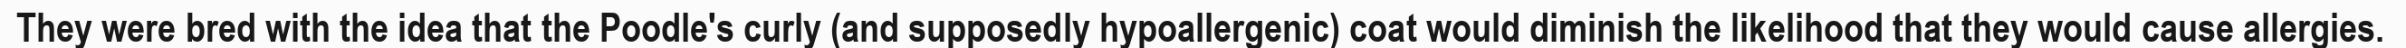
They were bred with the idea that the Poodle's curly (and supposedly hypoallergenic) coat would diminish the likelihood that they would cause allergies.